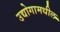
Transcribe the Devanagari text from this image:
उद्योगामधील